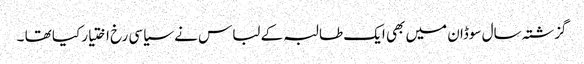
گزشتہ سال سوڈان میں بھی ایک طالبہ کے لباس نے سیاسی رخ اختیار کیا تھا ۔